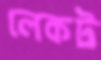
লেকট